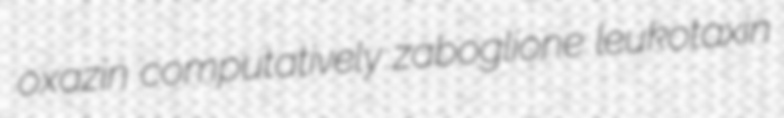
oxazin computatively zaboglione leukotaxin